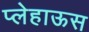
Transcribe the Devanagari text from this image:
प्लेहाऊस